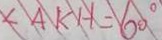
\angle A K H = 6 0 ^ { \circ }